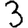
Digit: 3